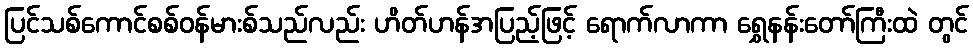
ပြင်သစ်ကောင်စစ်ဝန်မားစ်သည်လည်း ဟိတ်ဟန်အပြည့်ဖြင့် ရောက်လာကာ ရွှေနန်းတော်ကြီးထဲ တွင်